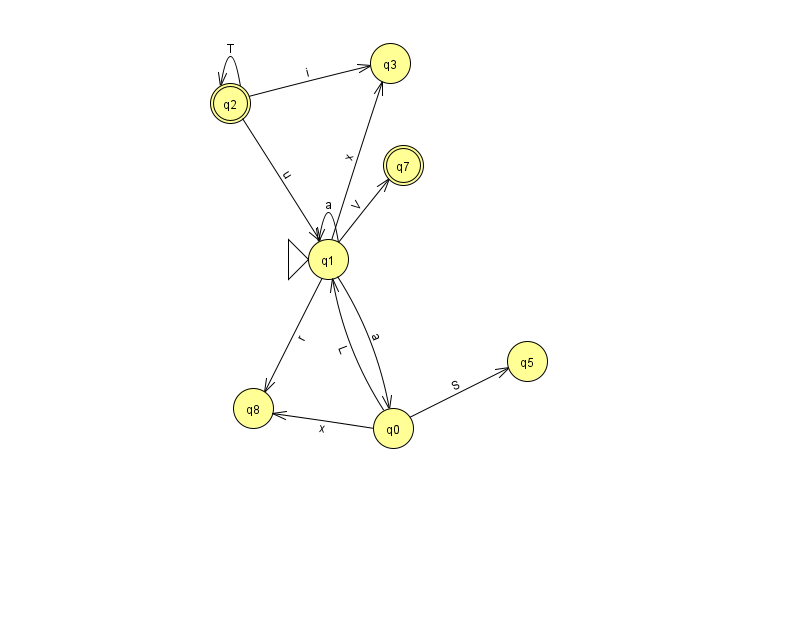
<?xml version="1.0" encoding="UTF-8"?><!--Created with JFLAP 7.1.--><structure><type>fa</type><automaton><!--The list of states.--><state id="0" name="q0"><x>393.0</x><y>415.0</y></state><state id="1" name="q1"><x>328.0</x><y>246.0</y><initial/></state><state id="2" name="q2"><x>230.0</x><y>90.0</y><final/></state><state id="3" name="q3"><x>390.0</x><y>50.0</y></state><state id="5" name="q5"><x>527.0</x><y>348.0</y></state><state id="7" name="q7"><x>403.0</x><y>152.0</y><final/></state><state id="8" name="q8"><x>253.0</x><y>395.0</y></state><!--The list of transitions.--><transition><from>0</from><to>8</to><read>x</read></transition><transition><from>1</from><to>0</to><read>a</read></transition><transition><from>1</from><to>1</to><read>a</read></transition><transition><from>1</from><to>3</to><read>x</read></transition><transition><from>2</from><to>3</to><read>i</read></transition><transition><from>0</from><to>5</to><read>S</read></transition><transition><from>2</from><to>1</to><read>u</read></transition><transition><from>2</from><to>2</to><read>T</read></transition><transition><from>1</from><to>8</to><read>r</read></transition><transition><from>0</from><to>1</to><read>L</read></transition><transition><from>1</from><to>7</to><read>V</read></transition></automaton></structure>